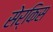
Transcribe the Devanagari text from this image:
सेर्किस